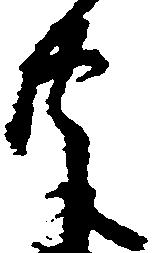
共